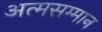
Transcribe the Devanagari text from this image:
अत्मसम्मान